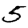
Digit: 5